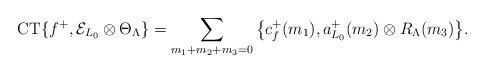
LaTeX: \begin{align*}\mathrm{CT} \{ f^+ , \mathcal{E}_{L_0} \otimes \Theta_\Lambda \}=\sum_{m_1+m_2+m_3=0} \big\{ c_f^+(m_1) , a_{L_0}^+(m_2) \otimes R_\Lambda(m_3) \big\}.\end{align*}